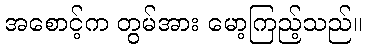
အစောင့်က တွမ်အား မော့ကြည့်သည်။